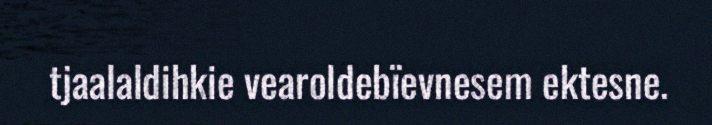
tjaalaldihkie vearoldebïevnesem ektesne.